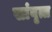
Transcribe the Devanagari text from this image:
सांवृत्त